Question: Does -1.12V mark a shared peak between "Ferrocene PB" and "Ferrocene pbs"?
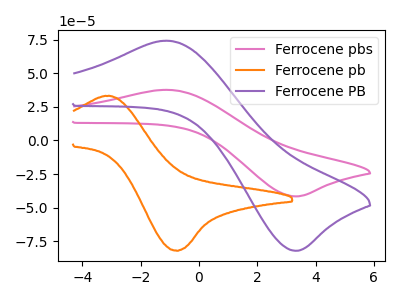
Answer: <think>The pink curve "Ferrocene pbs" has an anodic peak at (-1.10V, 37.60uA) and a cathodic peak at (3.40V, -41.65uA). The orange curve "Ferrocene pb" has an anodic peak at (-3.00V, 33.00uA) and a cathodic peak at (-0.75V, -82.05uA). The purple curve "Ferrocene PB" has an anodic peak at (-1.10V, 74.15uA) and a cathodic peak at (3.40V, -82.10uA).</think>
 <answer>Yes, "Ferrocene PB" and "Ferrocene pbs" share a peak at -1.12V.</answer>
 <eval>match</eval>